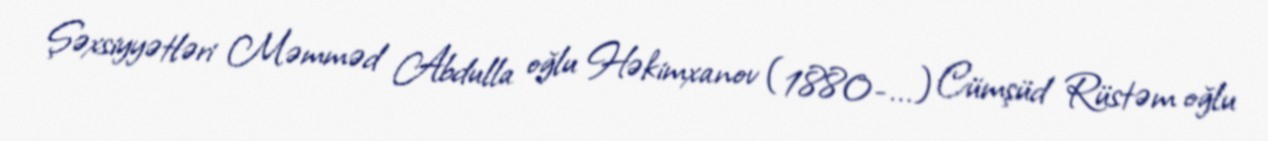
Şəxsiyyətləri Məmməd Abdulla oğlu Həkimxanov (1880-...) Cümşüd Rüstəm oğlu